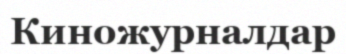
Киножурналдар